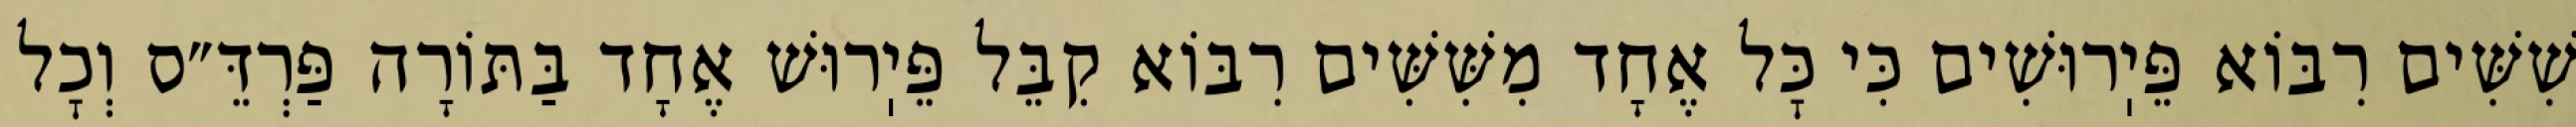
שִׁשִּׁים רִבּוֹא פֵּיֽרוּשִׁים כִּי כׇּל אֶחָד מִשִּׁשִּׁים רִבּוֹא קִבֵּל פֵּיֽרוּשׁ אֶחָד בַּתּוֹרָה פַּרְדֵּ״ס וְכׇל